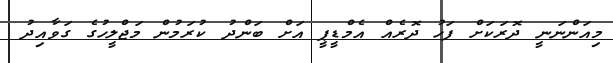
މިއަންނަނީ ދޮރަކަށް ފަހު ދޮރެއް އެމްޑީޕީ އަށް ބަންދު ކުރަމުން މަޖްލީހުގެ ގަވާއިދު